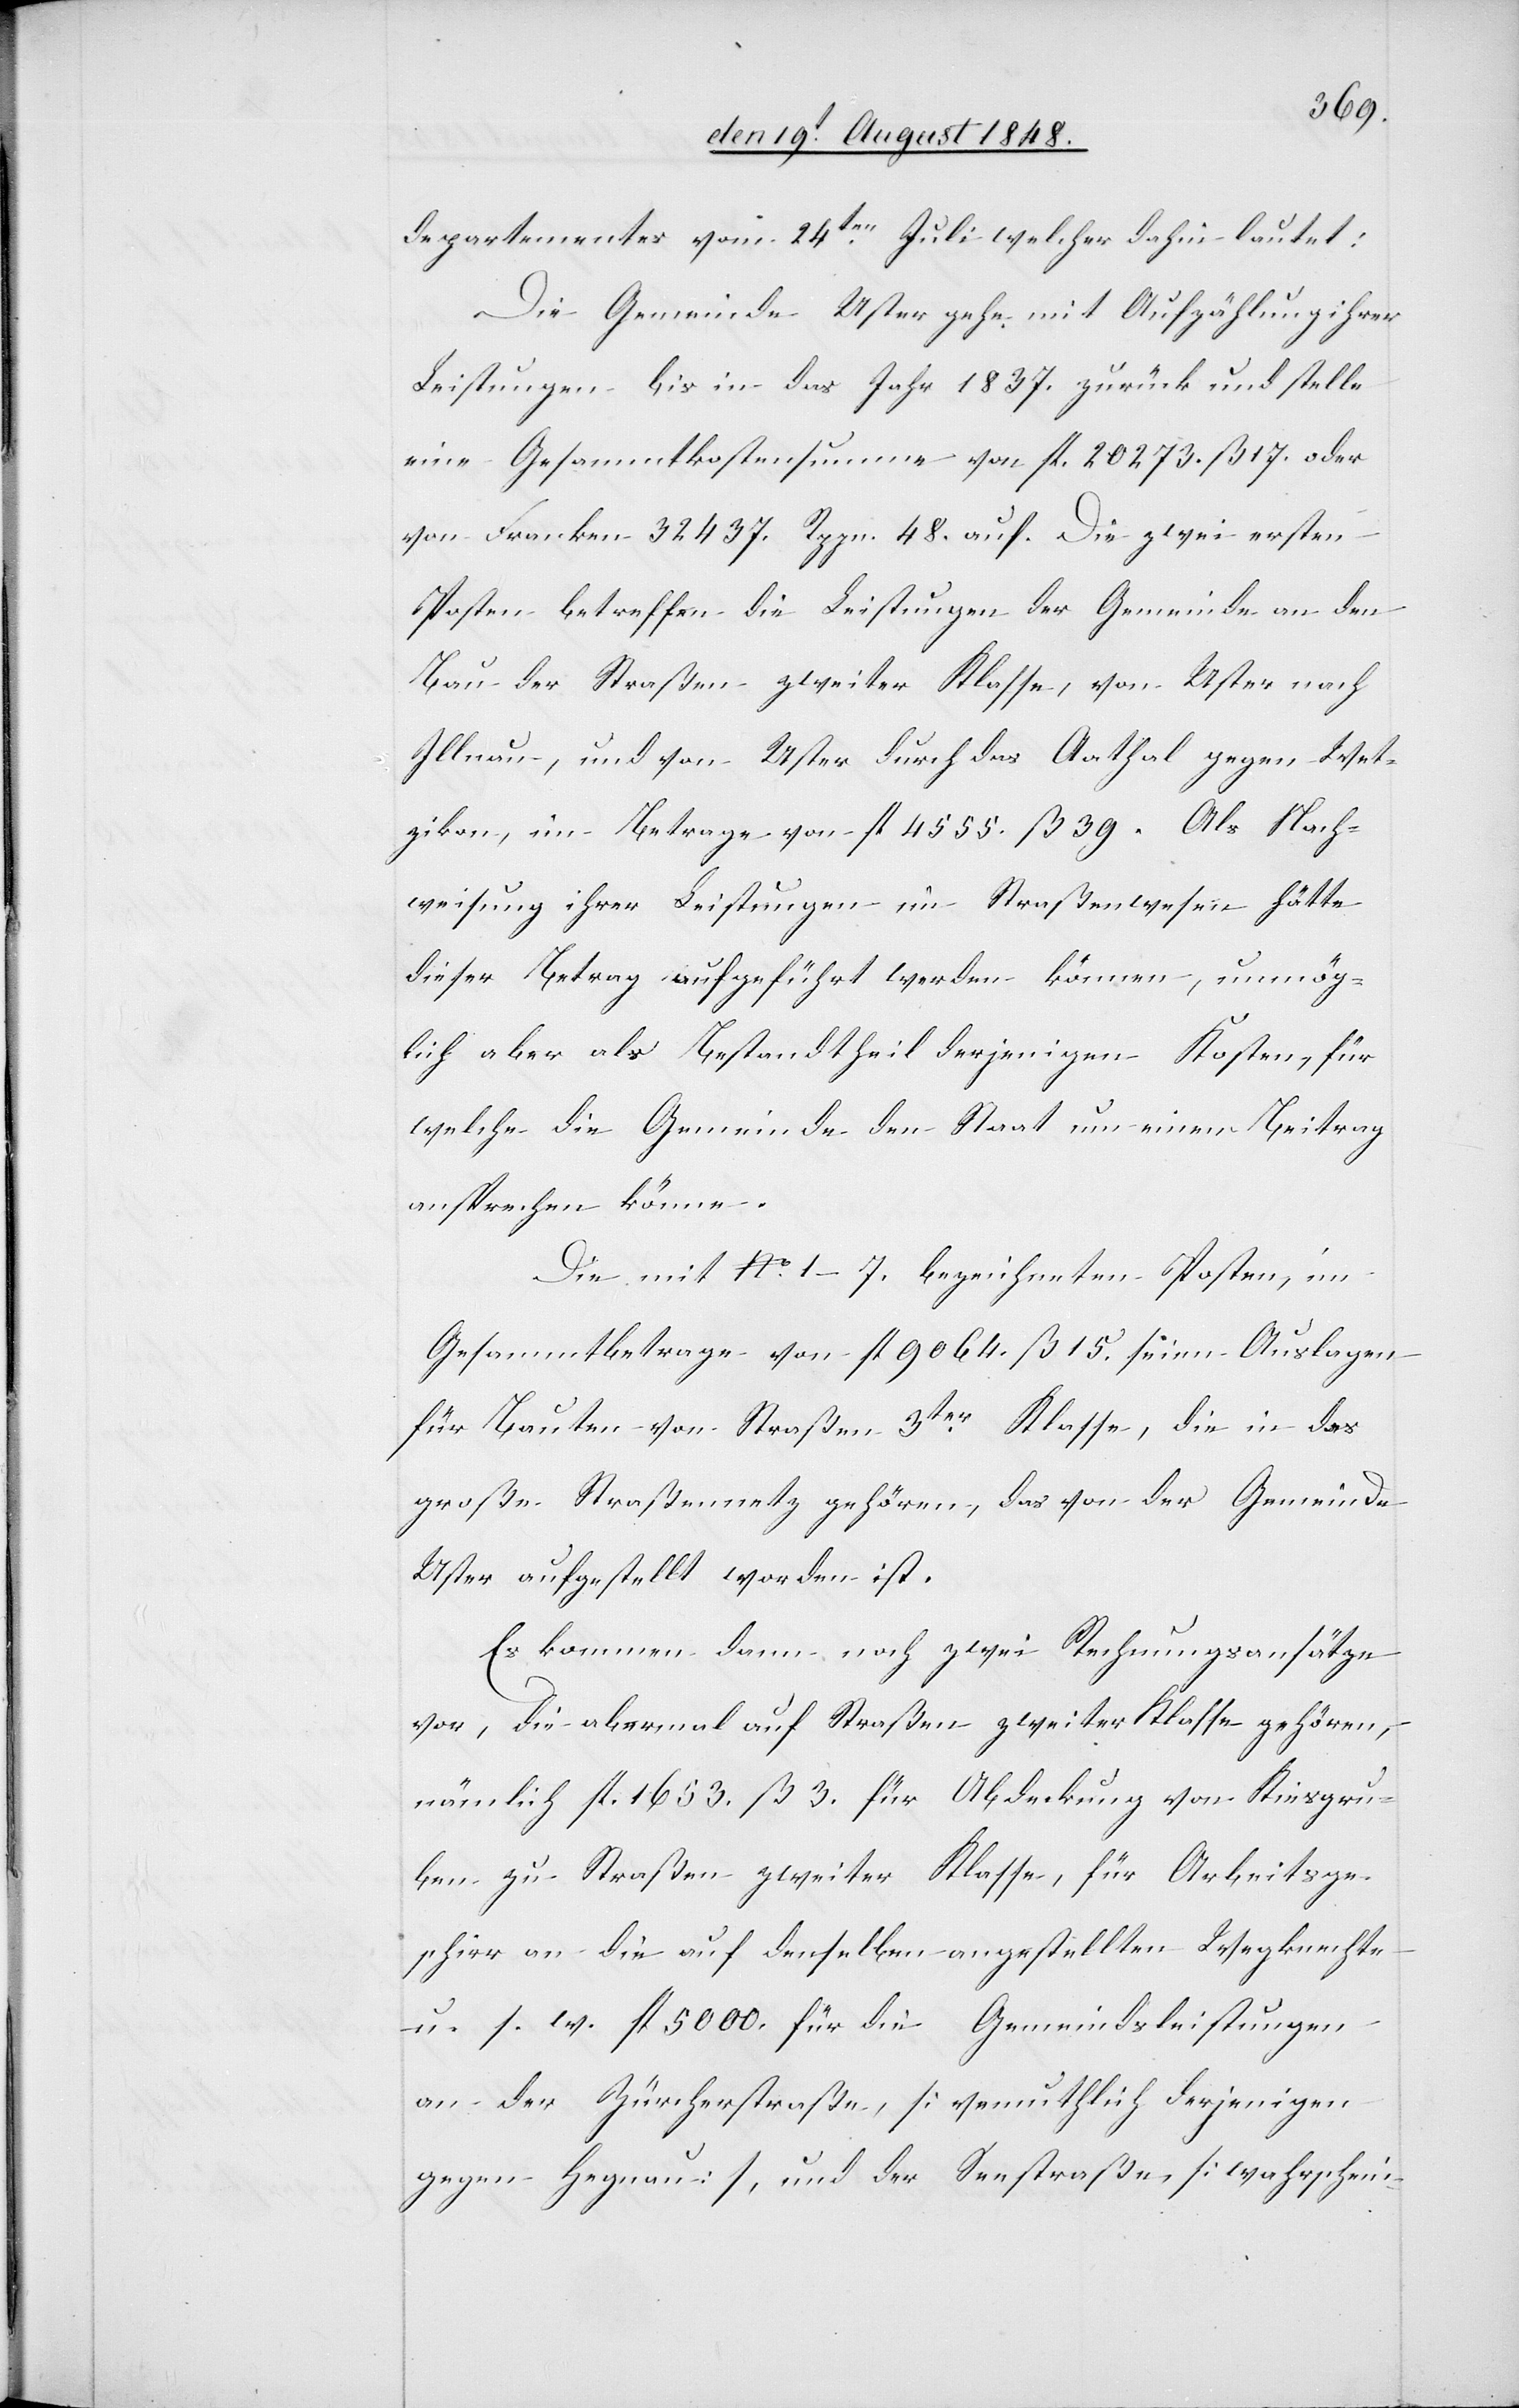
departementes vom 24ten Juli welcher dahin lautet:
Die Gemeinde Uster gehe mit Aufzählung ihrer
Leistungen bis in das Jahr 1837. zurück und stelle
eine Gesammtkostensumme von fl. 20273. ß. 17. oder
von Franken 32437. Rppn. 48. auf. Die zwei ersten
Posten betreffen die Leistungen der Gemeinde an den
Bau der Straßen zweiter Klasse, von Uster nach
Illnau, und von Uster durch das Aathal gegen Wet¬
zikon, im Betrage von fl. 4555. ß. 39. Als Nach¬
weisung ihrer Leistungen im Straßenwesen hätte
dieser Betrag aufgeführt werden können, unmög¬
lich aber als Bestandtheil derjenigen Kosten, für
welche die Gemeinde den Staat um einen Beitrag
ansprechen könne.
Die mit No 1–7. bezeichneten Posten, im
Gesammtbetrage von fl. 9064. ß. 15. seien Auslagen
für Bauten von Straßen 3ter Klasse, die in das
große Straßennetz gehören, das von der Gemeinde
Uster aufgestellt worden ist.
Es kommen dann noch zwei Rechnungsansätze
vor, die abermal auf Straßen zweiter Klasse gehören,
nämlich fl. 1653. ß. 3. für Abdeckung von Kiesgru¬
ben zu Straßen zweiter Klasse, für Arbeitsge¬
schirr an die auf denselben angestellten Wegknechte
u. s. w. fl. 5000. für die Gemeindsleistungen
an der Zürcherstraße, [vermutlich derjenigen
gegen Hegnau], und der Seestraße, [wahrschein-